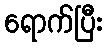
ရောက်ပြီး